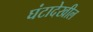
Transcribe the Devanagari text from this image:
घंटादेखील